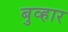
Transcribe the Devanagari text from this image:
बुव्हार